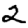
Digit: 2